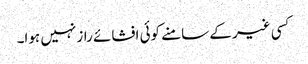
کسی غیر کے سامنے کوئی افشائے راز نہیں ہوا۔